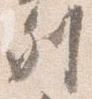
列